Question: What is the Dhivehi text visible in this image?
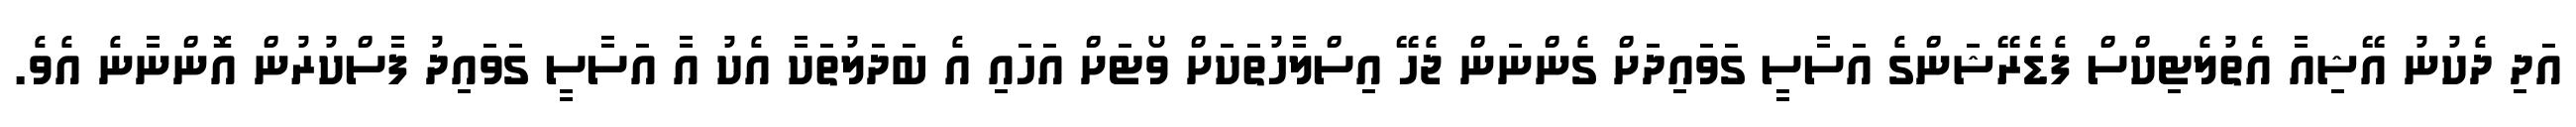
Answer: އަދި ދެކުނު އޭޝިއާ އެތުލެޓިކްސް ފެޑެރޭޝަންގެ އަސާސީ ގަވައިދަށް ގެންނަން ޖެހޭ އިސްލާހުތަކަށް ވޯޓަށް އަހައި އެ ބަދަލުތަކާ އެކު އާ އަސާސީ ގަވައިދު ފާސްކުރުން އޮންނާނެ އެވެ.